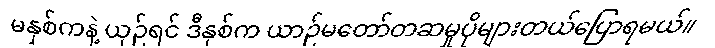
မနှစ်ကနဲ့ ယှဉ်ရင် ဒီနှစ်က ယာဉ်မတော်တဆမှုပိုများတယ်ပြောရမယ်။